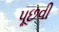
પૂછવી